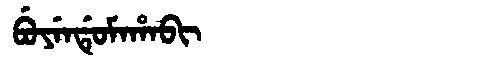
Manchu: ᠪᡠᠶᡝᠨᡩᡠᠮᠠᡥᠠᠪᡳ
Romanization: BUYENDUMAHABI